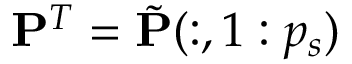
\mathbf { P } ^ { T } = \tilde { \mathbf { P } } ( : , 1 : p _ { s } )